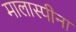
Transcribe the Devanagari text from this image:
मालास्पीना